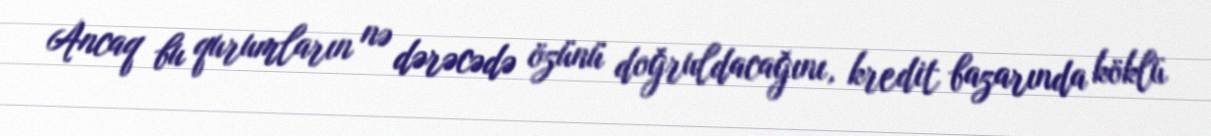
Ancaq bu qurumların nə dərəcədə özünü doğruldacağını, kredit bazarında köklü